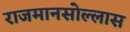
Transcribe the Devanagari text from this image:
राजमानसोल्लास